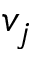
v _ { j }